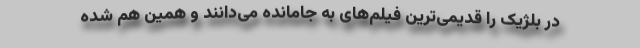
در بلژیک را قدیمی‌ترین فیلم‌های به جامانده می‌دانند و همین هم شده